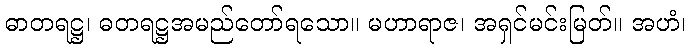
ဓာတရဋ္ဌ၊ ဓတရဋ္ဌအမည်တော်ရသော။ မဟာရာဇ၊ အရှင်မင်းမြတ်။ အဟံ၊